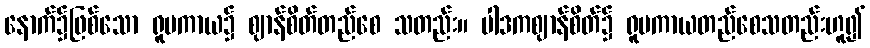
နောက်၌ဖြစ်သော ရူပကာယ၌ ဈာန်စိတ်တည်စေ သတည်း။ ပါဒကဈာန်စိတ်၌ ရူပကာယတည်စေသတည်းဟူ၍